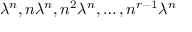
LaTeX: \lambda ^ { n } , n \lambda ^ { n } , n ^ { 2 } \lambda ^ { n } , \dots , n ^ { r - 1 } \lambda ^ { n }